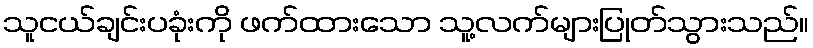
သူငယ်ချင်းပခုံးကို ဖက်ထားသော သူ့လက်များပြုတ်သွားသည်။